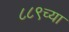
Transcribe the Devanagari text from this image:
८८९च्या